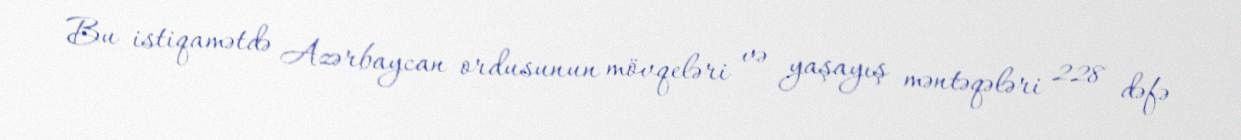
Bu istiqamətdə Azərbaycan ordusunun mövqeləri və yaşayış məntəqələri 228 dəfə